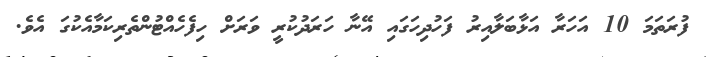
ފުރަތަމަ 10 އަހަރާ އަޅާބަލާއިރު ފަހުދިހަގައި އޭނާ ހަރަދުކުރީ ވަރަށް ހިފެހެއްޓުންތެރިކަމާއެކުގަ އެވެ.